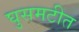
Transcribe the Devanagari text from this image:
घुसमटीत